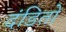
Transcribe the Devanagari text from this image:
दंडितों